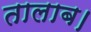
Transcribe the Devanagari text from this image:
तालाब।